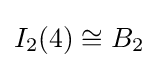
I_{2}(4)\cong B_{2}